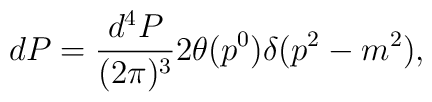
dP={d^4P\over (2\pi)^3}2\theta(p^0)\delta (p^2-m^2),